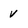
Character: v